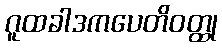
ဂူထခါဒကပေတိဝတ္ထု